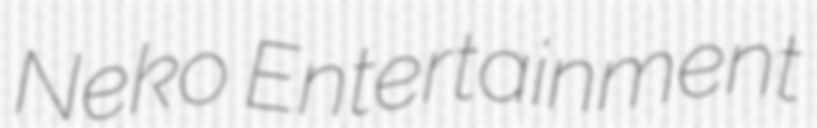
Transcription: Neko Entertainment